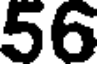
56